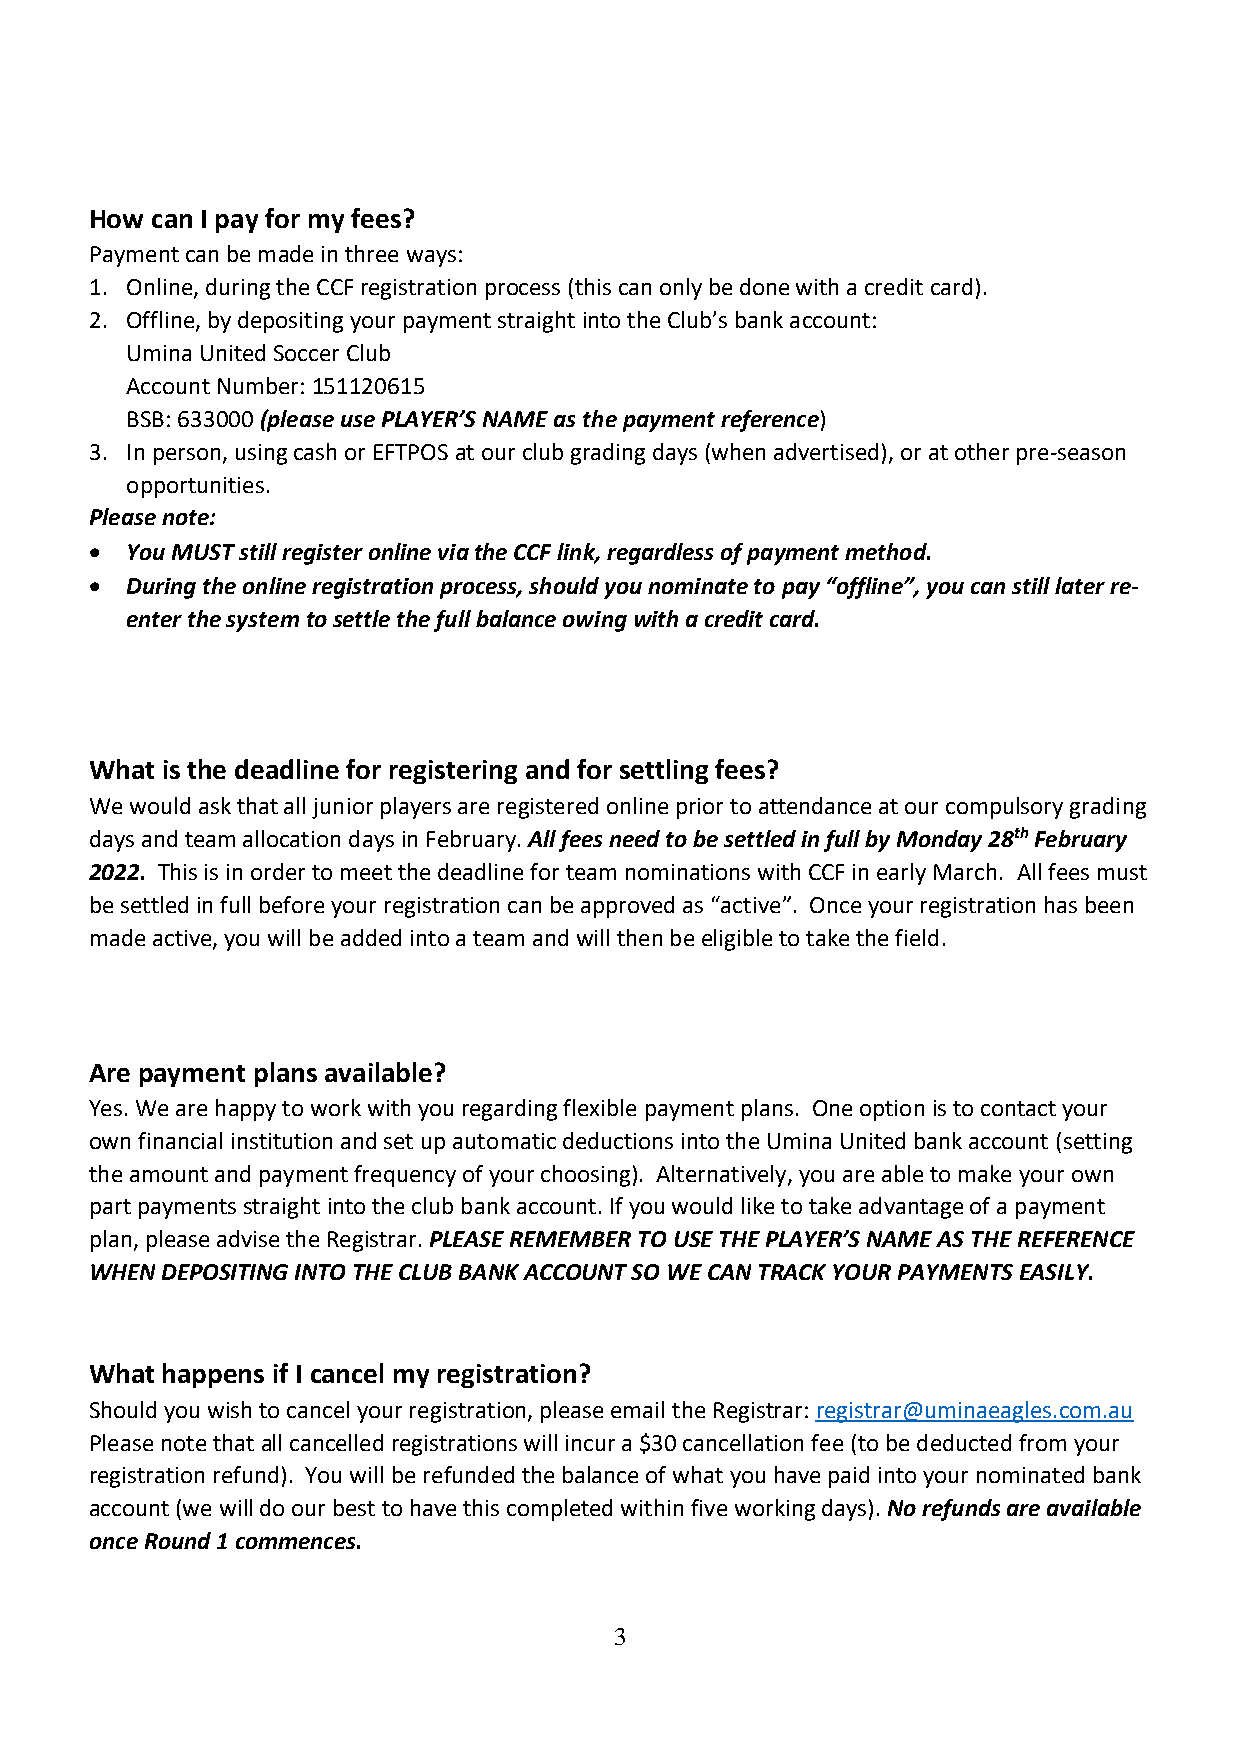
How can I pay for my fees?
 Payment can be made in three ways:
 1. Online, during the CCF registration process (this can only be done with a credit card).
 2. Offline, by depositing your payment straight into the Club’s bank account:
 Umina United Soccer Club
 Account Number: 151120615
 BSB: 633000 (please use PLAYER’S NAME as the payment reference)
 3. In person, using cash or EFTPOS at our club grading days (when advertised), or at other pre-season
 opportunities.
 Please note:
 • You MUST still register online via the CCF link, regardless of payment method.
 • During the online registration process, should you nominate to pay “offline”, you can still later re-
 enter the system to settle the full balance owing with a credit card.
 What is the deadline for registering and for settling fees?
 We would ask that all junior players are registered online prior to attendance at our compulsory grading
 days and team allocation days in February. All fees need to be settled in full by Monday 28th February
 2022. This is in order to meet the deadline for team nominations with CCF in early March. All fees must
 be settled in full before your registration can be approved as “active”. Once your registration has been
 made active, you will be added into a team and will then be eligible to take the field.
 Are payment plans available?
 Yes. We are happy to work with you regarding flexible payment plans. One option is to contact your
 own financial institution and set up automatic deductions into the Umina United bank account (setting
 the amount and payment frequency of your choosing). Alternatively, you are able to make your own
 part payments straight into the club bank account. If you would like to take advantage of a payment
 plan, please advise the Registrar. PLEASE REMEMBER TO USE THE PLAYER’S NAME AS THE REFERENCE
 WHEN DEPOSITING INTO THE CLUB BANK ACCOUNT SO WE CAN TRACK YOUR PAYMENTS EASILY.
 What happens if I cancel my registration?
 Should you wish to cancel your registration, please email the Registrar: registrar@uminaeagles.com.au
 Please note that all cancelled registrations will incur a $30 cancellation fee (to be deducted from your
 registration refund). You will be refunded the balance of what you have paid into your nominated bank
 account (we will do our best to have this completed within five working days). No refunds are available
 once Round 1 commences.
 3